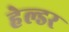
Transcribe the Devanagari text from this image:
हेल्डर